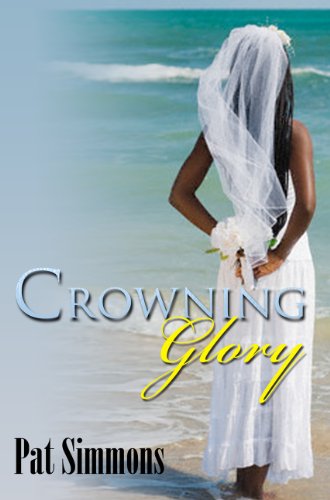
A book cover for Crowning Glory (Urban Christian); Pat Simmons; Literature & Fiction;